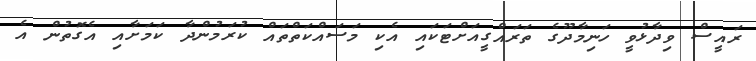
ރައީސް ވިދާޅުވީ ހަނިމާދޫގެ ތަރައްގީއަށްޓަކައި އެކި މަސައްކަތްތައް ކުރަމުންދާ ކަމަށާއި އެގޮތުން އެ